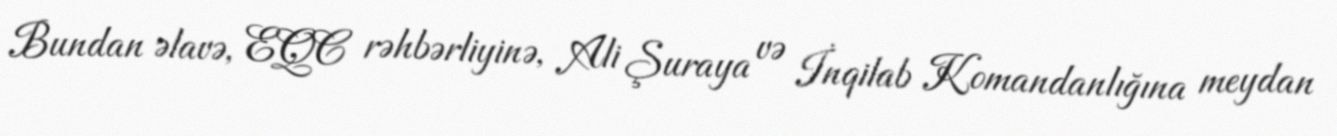
Bundan əlavə, EQC rəhbərliyinə, Ali Şuraya və İnqilab Komandanlığına meydan